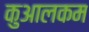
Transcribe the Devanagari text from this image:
कुआलकम